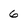
Character: 6